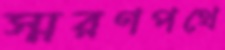
স্মরণপথে